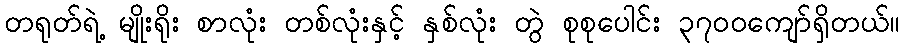
တရုတ်ရဲ့ မျိုးရိုး စာလုံး တစ်လုံးနှင့် နှစ်လုံး တွဲ စုစုပေါင်း ၃၇၀၀ကျော်ရှိတယ်။